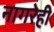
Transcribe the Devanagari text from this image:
नागरेही